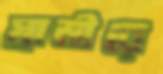
স্বামীরে